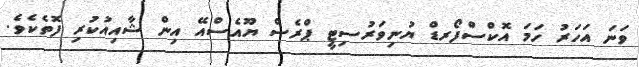
ވަނަ އަހަރު ހަމަ އޮކްސްފޯރޑް ޔުނިވަރުސިޓީ ޕްރެސް ޔޫއެސްއޭ އިން ޝާއިއުކުރި ފޮތެކެވެ.